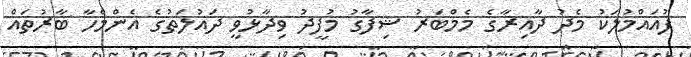
ފުއައްމުލަކު މެދު ދާއިރާގެ މެމްބަރު ޝިފާގު މުފީދު ވިދާޅުވީ ދައުލަތުގެ އެންމެހާ ބާރުތައް